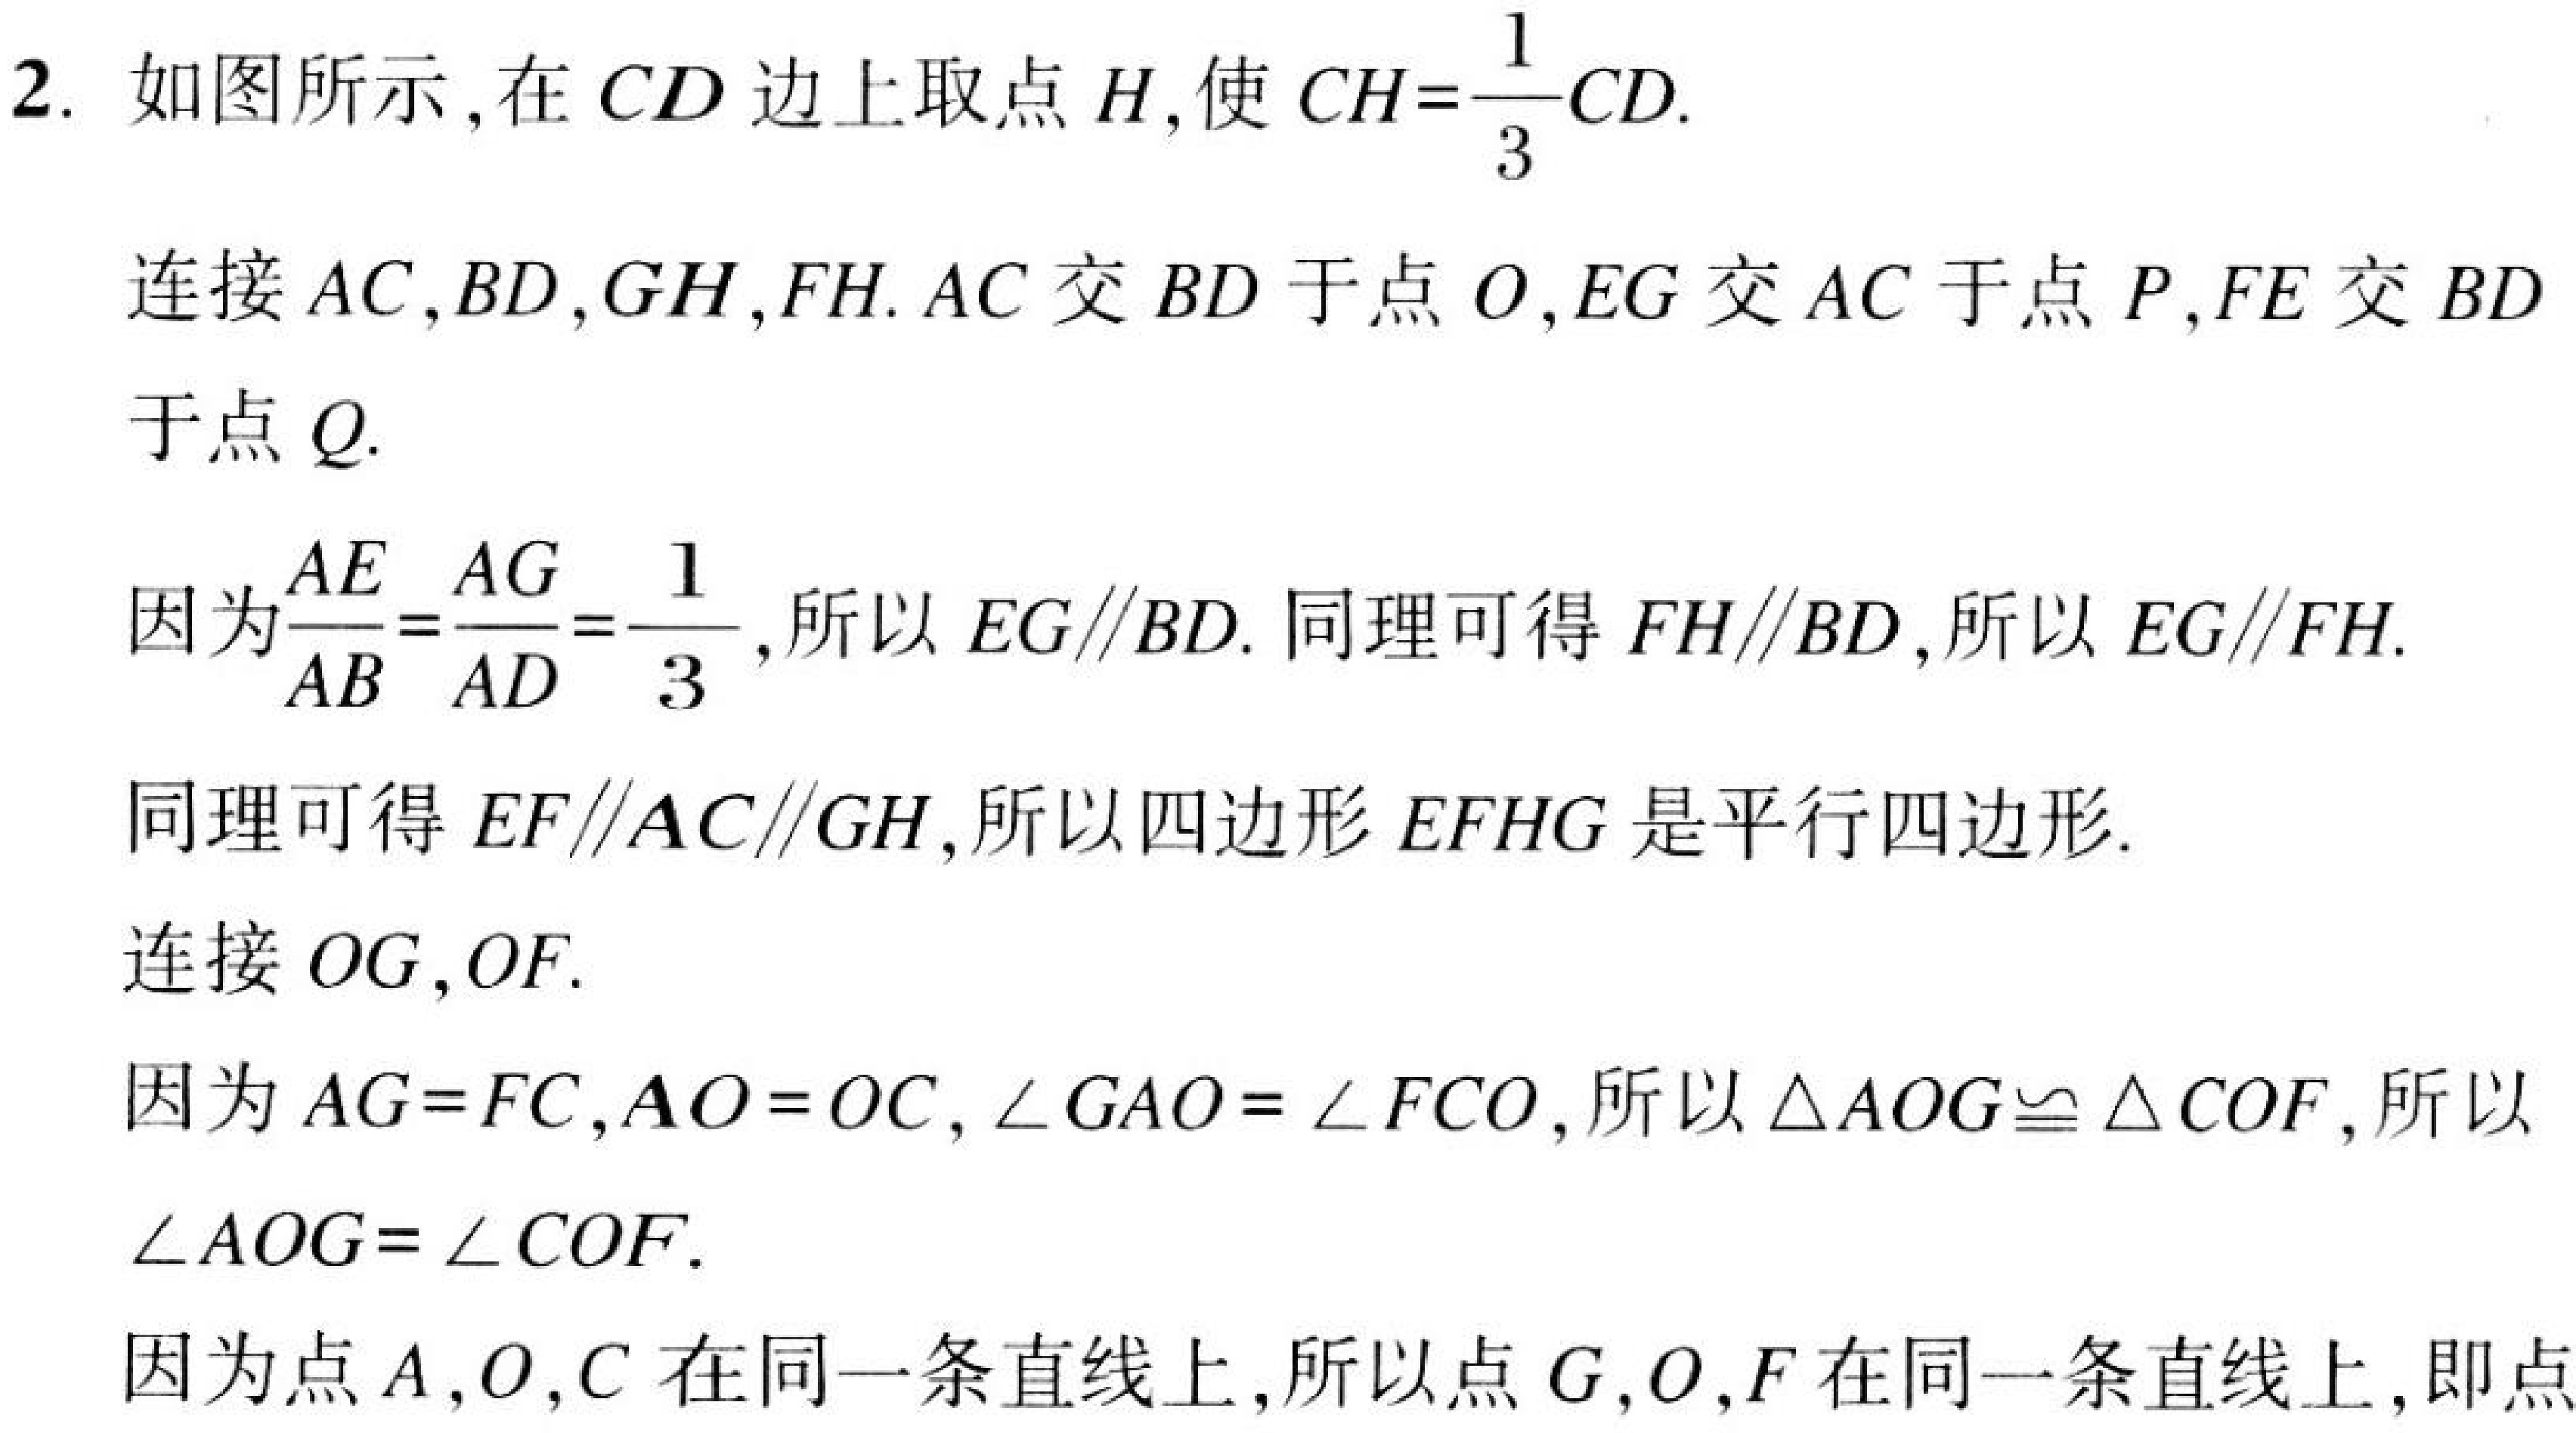
2. 如图所示,在\(CD\)边上取点\(H\),使\(CH = \dfrac{1}{3}CD\).
连接\(AC,BD,GH,FH\). \(AC\)交\(BD\)于点\(O\), \(EG\)交\(AC\)于点\(P\), \(FE\)交\(BD\)
于点\(Q\).
因为\(\dfrac{AE}{AB}=\dfrac{AG}{AD}=\dfrac{1}{3}\),所以\(EG\parallel BD\). 同理可得\(FH\parallel BD\),所以\(EG\parallel FH\).
同理可得\(EF\parallel AC\parallel GH\),所以四边形\(EFHG\)是平行四边形.
连接\(OG,OF\).
因为\(AG = FC,AO = OC,\angle GAO=\angle FCO\),所以\(\triangle AOG\cong\triangle COF\),所以
\(\angle AOG=\angle COF\).
因为点\(A,O,C\)在同一条直线上,所以点\(G,O,F\)在同一条直线上,即点